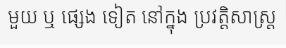
មួយ ឬ ផ្សេង ទៀត នៅក្នុង ប្រវត្តិសាស្ត្រ